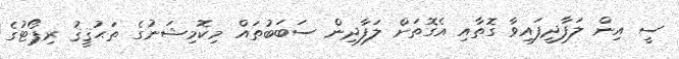
ސީ އިން ލަފާދީފައިވާ ގޮތާއި އެގޮތަށް ލަފާދިން ސަބަބުތައް މިކޮމިޝަނުގެ ތަޙުޤީޤު ރިޕޯޓުގެ